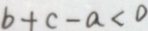
b + c - a < 0